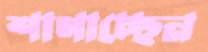
শাণাচ্ছেন